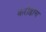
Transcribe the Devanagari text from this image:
करोडोच